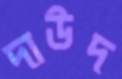
দাউদ